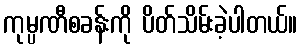
ကုမ္ပဏီစခန်းကို ပိတ်သိမ်းခဲ့ပါတယ်။